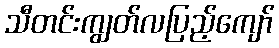
သီတင်းကျွတ်လပြည့်ကျော်